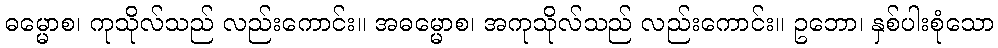
ဓမ္မောစ၊ ကုသိုလ်သည် လည်းကောင်း။ အဓမ္မောစ၊ အကုသိုလ်သည် လည်းကောင်း။ ဥဘော၊ နှစ်ပါးစုံသော